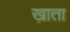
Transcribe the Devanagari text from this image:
ख़ाता